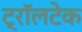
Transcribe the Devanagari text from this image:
ट्रॉलटेक